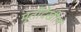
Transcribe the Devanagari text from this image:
मूर्तीदेखील